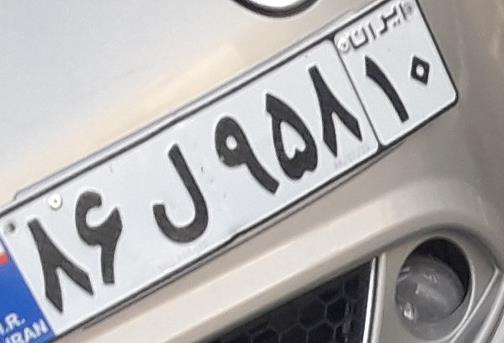
۸۶ل۹۵۸۱۰